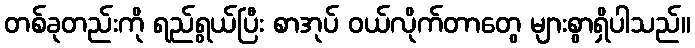
တစ်ခုတည်းကို ရည်ရွယ်ပြီး စာအုပ် ဝယ်လိုက်တာတွေ များစွာရှိပါသည်။